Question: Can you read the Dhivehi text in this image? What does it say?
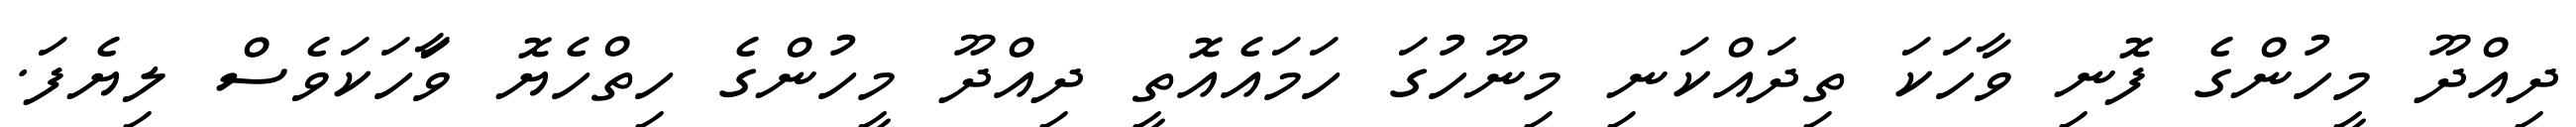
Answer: ދިއްދޫ މީހުންގެ ފޮނި ވާހަކަ ތިދައްކަނި މިނޫހުގަ ހަމައެއޮތީ ދިއްދޫ މީހުންގެ ހިތްހެޔޮ ވާަހަކަވެސް ލިޔެފަ.